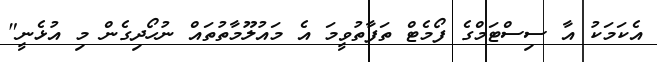
އެކަމަކު އާ ސިސްޓަމްގެ ފޯމެޓް ތަފާތުވީމަ އެ މައުލޫމާތުތައް ނުހޯދިގެން މި އުޅެނީ"